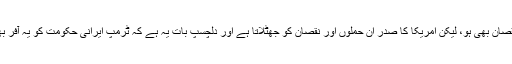
اخباری اطلاعات کے مطابق ایران کے میزائل حملوں میں امریکی فوج کا کوئی جانی نقصان بھی ہو، لیکن امریکا کا صدر ان حملوں اور نقصان کو جھٹلاتا ہے اور دلچسپ بات یہ ہے کہ ٹرمپ ایرانی حکومت کو یہ آفر بھی کر رہا ہے کہ وہ ایران کے ساتھ مل کر خطے میں امن کی بحالی کے لیے تیار ہے۔